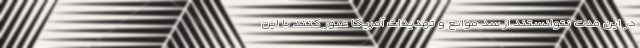
در این مدت نتوانستند از سد موانع و تهدیدات آمریکا عبور کنند با این